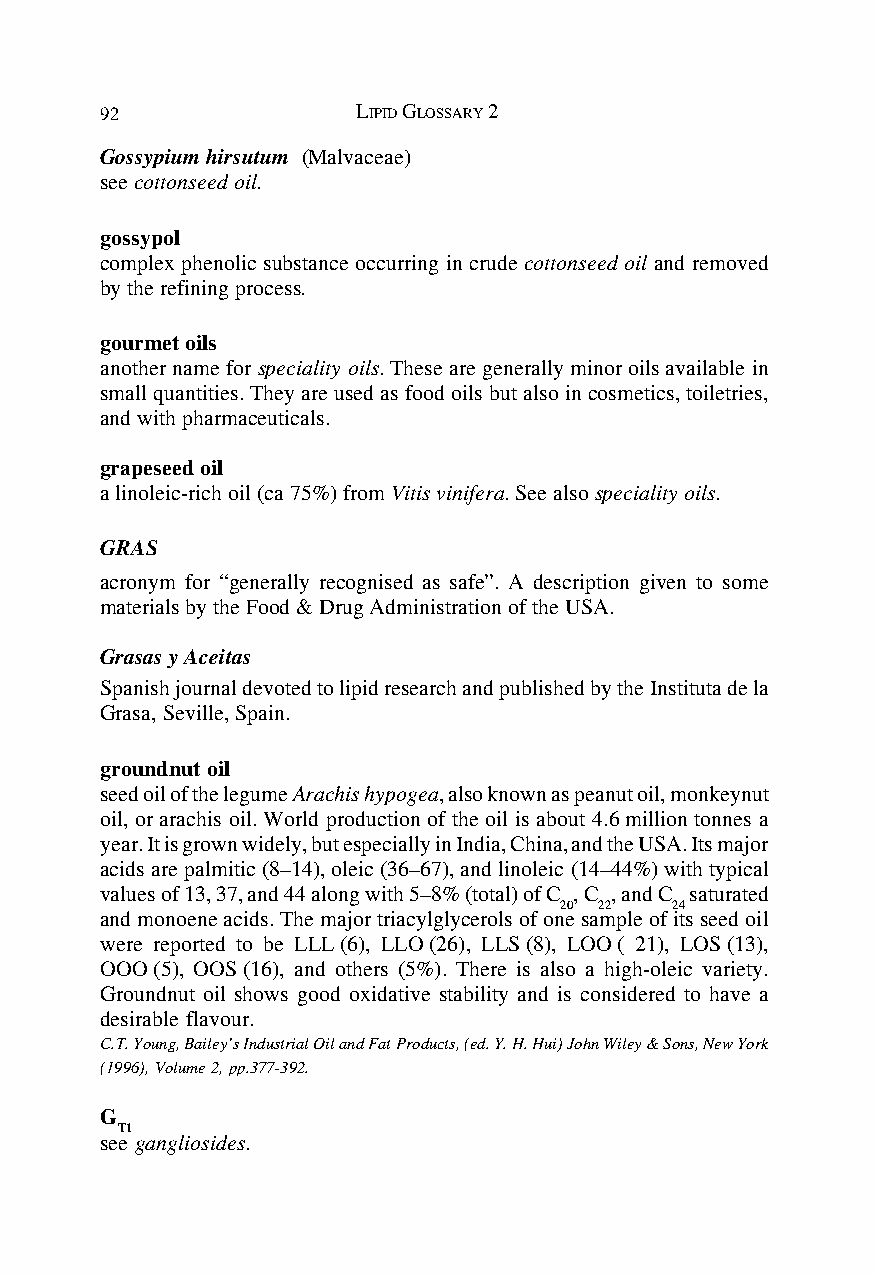
92               LIPID GLOSSARY 2
 Gossypium hirsutum (Malvaceae)
 see cottonseed oil.
 gossypol
 complex phenolic substance occurring in crude cottonseed oil and removed
 by the refining process.
 gourmet oils
 another name for speciality oils. These are generally minor oils available in
 small quantities. They are used as food oils but also in cosmetics, toiletries,
 and with pharmaceuticals.
 grapeseed oil
 a linoleic-rich oil (ca 75%) from Vitis vinifera. See also speciality oils.
 GRAS
 acronym for “generally recognised as safe”. A description given to some
 materials by the Food & Drug Administration of the USA.
 Grasas y Aceitas
 Spanish journal devoted to lipid research and published by the Instituta de la
 Grasa, Seville, Spain.
 groundnut oil
 seed oil of the legume Arachis hypogea, also known as peanut oil, monkeynut
 oil, or arachis oil. World production of the oil is about 4.6 million tonnes a
 year. It is grown widely, but especially in India, China, and the USA. Its major
 acids are palmitic (8–14), oleic (36–67), and linoleic (14–44%) with typical
 values of 13, 37, and 44 along with 5–8% (total) of C , C , and C saturated
 20 22  24
 and monoene acids. The major triacylglycerols of one sample of its seed oil
 were reported to be LLL (6), LLO (26), LLS (8), LOO ( 21), LOS (13),
 OOO (5), OOS (16), and others (5%). There is also a high-oleic variety.
 Groundnut oil shows good oxidative stability and is considered to have a
 desirable flavour.
 C.T. Young, Bailey’s Industrial Oil and Fat Products, (ed. Y. H. Hui) John Wiley & Sons, New York
 (1996), Volume 2, pp.377-392.
 G
 T1
 see gangliosides.